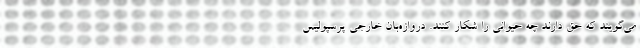
می‌گویند که حق دارند چه حیوانی را شکار کنند. دروازه‌بان خارجی پرسپولیس